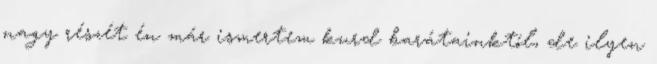
nagy részét én már ismertem kurd barátainktól, de ilyen